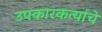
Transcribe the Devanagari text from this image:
उपकारकर्त्याचे